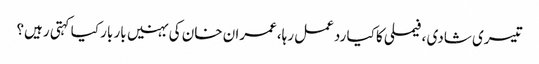
تیسری شادی ،فیملی کا کیا ردعمل رہا،عمران خان کی بہنیں بار بار کیا کہتی رہیں؟